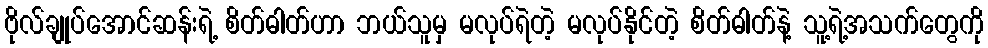
ဗိုလ်ချုပ်အောင်ဆန်းရဲ့ စိတ်ဓါတ်ဟာ ဘယ်သူမှ မလုပ်ရဲတဲ့ မလုပ်နိုင်တဲ့ စိတ်ဓါတ်နဲ့ သူ့ရဲ့အသက်တွေကို